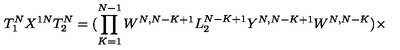
T _ { 1 } ^ { N } X ^ { 1 N } T _ { 2 } ^ { N } = ( \prod _ { K = 1 } ^ { N - 1 } W ^ { N , N - K + 1 } L _ { 2 } ^ { N - K + 1 } Y ^ { N , N - K + 1 } W ^ { N , N - K } ) \times